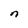
Character: n